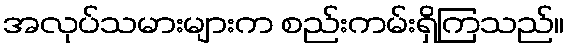
အလုပ်သမားများက စည်းကမ်းရှိကြသည်။